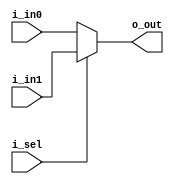
module Mux #(
	parameter ADDR_W = 64,
	parameter INST_W = 32,
	parameter DATA_W = 64
)(
    input i_sel,
    input [DATA_W-1:0] i_in0,
    input [DATA_W-1:0] i_in1,
    output [DATA_W-1:0] o_out
);

reg [DATA_W-1:0] o_out_w;

assign o_out = o_out_w;

always @(*) begin
    if (i_sel) begin // sel 1
        o_out_w = i_in1;
    end else begin   // sel 0
        o_out_w = i_in0;
    end
end

endmodule